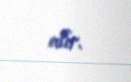
alır.